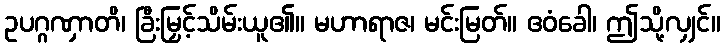
ဥပဂ္ဂဏှာတိ၊ ခြီးမြှင့်သိမ်းယူ၏။ မဟာရာဇ၊ မင်းမြတ်။ ဧဝံခေါ၊ ဤသို့လျှင်။